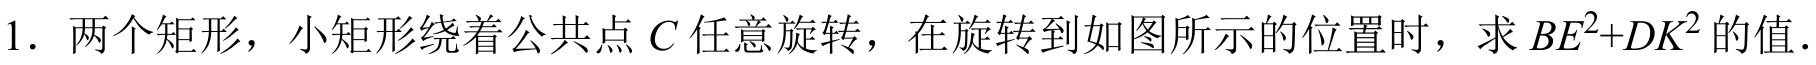
1. 两个矩形，小矩形绕着公共点$C$任意旋转，在旋转到如图所示的位置时，求$BE^{2}+DK^{2}$的值.